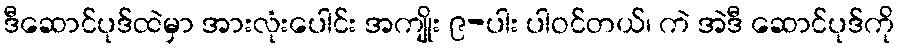
ဒီဆောင်ပုဒ်ထဲမှာ အားလုံးပေါင်း အကျိုး ၉-ပါး ပါဝင်တယ်၊ ကဲ အဲဒီ ဆောင်ပုဒ်ကို